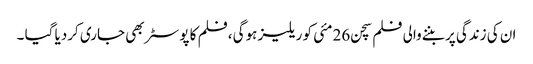
ان کی زندگی پر بننےوالی فلم سچن 26مئی کو ریلیز ہوگی ،فلم کا پوسٹر بھی جاری کردیا گیا ۔